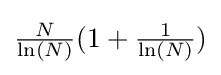
{\tfrac {N}{\ln(N)}}(1+{\tfrac {1}{\ln(N)}})